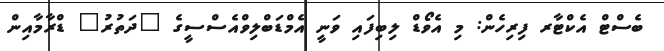
ބެސްޓް އެކްޓާރ ފިރިހެން: މި އެވޯޑް ލިބިފައި ވަނީ އެމްޑަބްލިވްއެސްސީގެ "ދަތުރު" ޑްރާމާއިން